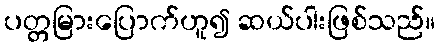
ပတ္တမြားပြောက်ဟူ၍ ဆယ်ပါးဖြစ်သည်။